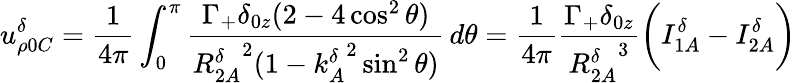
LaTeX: u_{\rho 0C}^{\delta}=\frac{1}{4\pi}\int_{0}^{\pi}\frac{\Gamma_{+}\delta_{0z}(2-4\cos^{2}\theta)}{{R_{2A}^{\delta}}^{2}(1-{k_{A}^{\delta}}^{2}\sin^{2}\theta)}\, d\theta=\frac{1}{4\pi}\frac{\Gamma_{+}\delta_{0z}}{{R_{2A}^{\delta}}^{3}}\bigg(I_{1A}^{\delta}-I_{2A}^{\delta}\bigg)